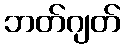
ဘတ်ဂျတ်